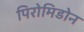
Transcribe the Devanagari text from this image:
पिरोमिडोन